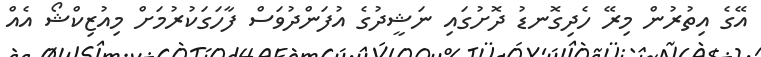
އޭގެ އިތުރުން މިރޭ ހެދިގޮނޑު ދޮށުގައި ނަޝީދުގެ އުފަންދުވަސް ފާހަގަކުރުމަށް މިއުޒިކްޝޯ އެއް